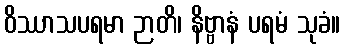
ဝိဿာသပရမာ ဉာတိ၊ နိဗ္ဗာနံ ပရမံ သုခံ။